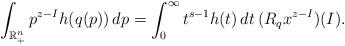
LaTeX: \begin{align*} \int_{\mathbb R^n_+} p^{z-I} h(q(p)) \, dp = \int_0^\infty t^{s-1} h(t) \, dt \, (R_q x^{z-I})(I).\end{align*}